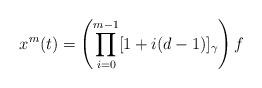
LaTeX: \begin{align*}x^m(t) = \left(\prod_{i=0}^{m-1} [1+i(d-1)]_\gamma\right) f\end{align*}